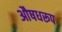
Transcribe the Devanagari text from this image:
औषधरूप